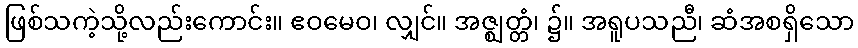
ဖြစ်သကဲ့သို့လည်းကောင်း။ ဧဝမေဝ၊ လျှင်။ အဇ္ဈတ္တံ၊ ၌။ အရူပသညီ၊ ဆံအစရှိသော